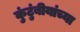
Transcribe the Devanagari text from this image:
कुंटुंबीयांच्या